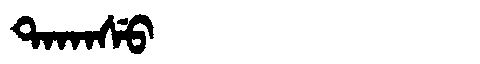
Manchu: ᡨᠠᡴᠠᠰᡠ
Romanization: TAKASU